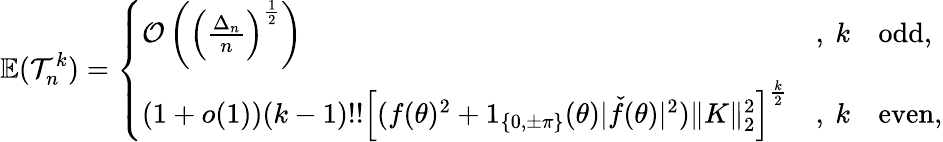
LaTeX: \mathbb{E}(\mathcal T_{n}^{k})=\left\{ \begin{array}{ll}{\mathcal{O}\left(\left(\frac{\Delta_{n}}{n}\right)^{\frac{1}{2}}\right)}&{,\ k\quad\mathrm{odd},}\\ {(1+o(1))(k-1)!!\left[(f(\theta)^{2}+1_{\{ 0,\pm\pi\} }(\theta)|\check{f}(\theta)|^{2})\| K\| _{2}^{2}\right]^{\frac{k}{2}}}&{,\ k\quad\mathrm{even},}\end{array}\right.